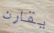
يقارن